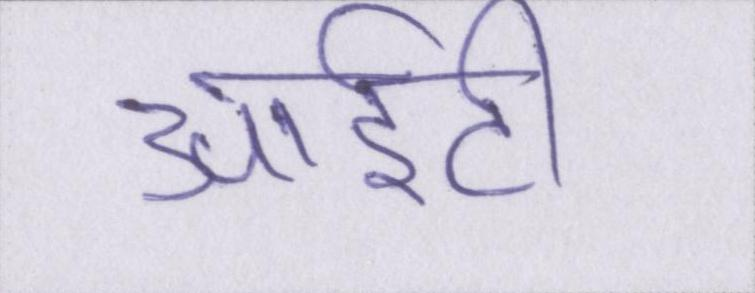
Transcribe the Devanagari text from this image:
आईटी